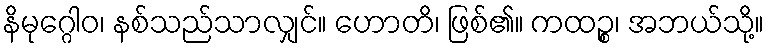
နိမုဂ္ဂေါဝ၊ နစ်သည်သာလျှင်။ ဟောတိ၊ ဖြစ်၏။ ကထဉ္စ၊ အဘယ်သို့။